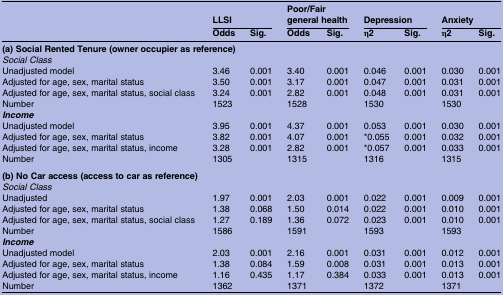
<table><thead><tr><td></td><td colspan="2"><b>LLSI</b></td><td colspan="2"><b>Poor/Fair general health</b></td><td colspan="2"><b>Depression</b></td><td colspan="2"><b>Anxiety</b></td></tr><tr><td></td><td><b>Odds</b></td><td><b>Sig.</b></td><td><b>Odds</b></td><td><b>Sig.</b></td><td><b>η2</b></td><td><b>Sig.</b></td><td><b>η2</b></td><td><b>Sig.</b></td></tr></thead><tbody><tr><td colspan="9"><b>(a) Social Rented Tenure (owner occupier as reference)</b></td></tr><tr><td><i>Social Class</i></td><td></td><td></td><td></td><td></td><td></td><td></td><td></td><td></td></tr><tr><td>Unadjusted model</td><td>3.46</td><td>0.001</td><td>3.40</td><td>0.001</td><td>0.046</td><td>0.001</td><td>0.030</td><td>0.001</td></tr><tr><td>Adjusted for age, sex, marital status</td><td>3.50</td><td>0.001</td><td>3.17</td><td>0.001</td><td>0.047</td><td>0.001</td><td>0.031</td><td>0.001</td></tr><tr><td>Adjusted for age, sex, marital status, social class</td><td>3.24</td><td>0.001</td><td>2.82</td><td>0.001</td><td>0.048</td><td>0.001</td><td>0.031</td><td>0.001</td></tr><tr><td>Number</td><td>1523</td><td></td><td>1528</td><td></td><td>1530</td><td></td><td>1530</td><td></td></tr><tr><td><b><i>Income</i></b></td><td></td><td></td><td></td><td></td><td></td><td></td><td></td><td></td></tr><tr><td>Unadjusted model</td><td>3.95</td><td>0.001</td><td>4.37</td><td>0.001</td><td>0.053</td><td>0.001</td><td>0.030</td><td>0.001</td></tr><tr><td>Adjusted for age, sex, marital status</td><td>3.82</td><td>0.001</td><td>4.07</td><td>0.001</td><td>*0.055</td><td>0.001</td><td>0.032</td><td>0.001</td></tr><tr><td>Adjusted for age, sex, marital status, income</td><td>3.28</td><td>0.001</td><td>2.82</td><td>0.001</td><td>*0.057</td><td>0.001</td><td>0.033</td><td>0.001</td></tr><tr><td>Number</td><td>1305</td><td></td><td>1315</td><td></td><td>1316</td><td></td><td>1315</td><td></td></tr><tr><td><b>(b) No Car access (access to car as reference)</b></td><td></td><td></td><td></td><td></td><td></td><td></td><td></td><td></td></tr><tr><td><i>Social Class</i></td><td></td><td></td><td></td><td></td><td></td><td></td><td></td><td></td></tr><tr><td>Unadjusted</td><td>1.97</td><td>0.001</td><td>2.03</td><td>0.001</td><td>0.022</td><td>0.001</td><td>0.009</td><td>0.001</td></tr><tr><td>Adjusted for age, sex, marital status</td><td>1.38</td><td>0.068</td><td>1.50</td><td>0.014</td><td>0.022</td><td>0.001</td><td>0.010</td><td>0.001</td></tr><tr><td>Adjusted for age, sex, marital status, social class</td><td>1.27</td><td>0.189</td><td>1.36</td><td>0.072</td><td>0.023</td><td>0.001</td><td>0.010</td><td>0.001</td></tr><tr><td>Number</td><td>1586</td><td></td><td>1591</td><td></td><td>1593</td><td></td><td>1593</td><td></td></tr><tr><td><b><i>Income</i></b></td><td></td><td></td><td></td><td></td><td></td><td></td><td></td><td></td></tr><tr><td>Unadjusted model</td><td>2.03</td><td>0.001</td><td>2.16</td><td>0.001</td><td>0.031</td><td>0.001</td><td>0.012</td><td>0.001</td></tr><tr><td>Adjusted for age, sex, marital status</td><td>1.38</td><td>0.084</td><td>1.59</td><td>0.008</td><td>0.031</td><td>0.001</td><td>0.013</td><td>0.001</td></tr><tr><td>Adjusted for age, sex, marital status, income</td><td>1.16</td><td>0.435</td><td>1.17</td><td>0.384</td><td>0.033</td><td>0.001</td><td>0.013</td><td>0.001</td></tr><tr><td>Number</td><td>1362</td><td></td><td>1371</td><td></td><td>1372</td><td></td><td>1371</td><td></td></tr></tbody></table>